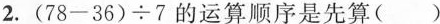
2.$$( 7 8 - 3 6 ) ÷ 7$$的运算顺序是先算( )